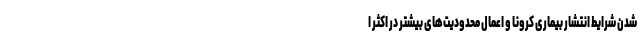
شدن شرایط انتشار بیماری کرونا و اعمال محدودیت‌های بیشتر در اکثر ا